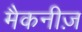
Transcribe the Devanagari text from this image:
मैकनीज़